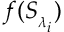
f ( { { S } _ { _ { { \lambda } _ { i } } } } )